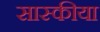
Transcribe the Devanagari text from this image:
सास्कीया